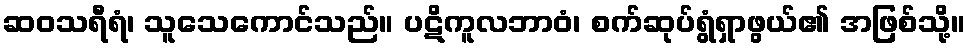
ဆဝသရီရံ၊ သူသေကောင်သည်။ ပဋိကူလဘာဝံ၊ စက်ဆုပ်ရွံရှာဖွယ်၏ အဖြစ်သို့။